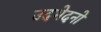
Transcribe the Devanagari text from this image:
उदभेदनो